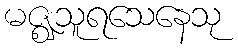
မဇ္ဈသူရသေနေသု